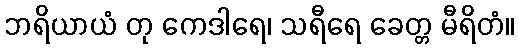
ဘရိယာယံ တု ကေဒါရေ၊ သရီရေ ခေတ္တ မီရိတံ။